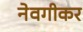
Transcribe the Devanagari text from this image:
नेवगीकर